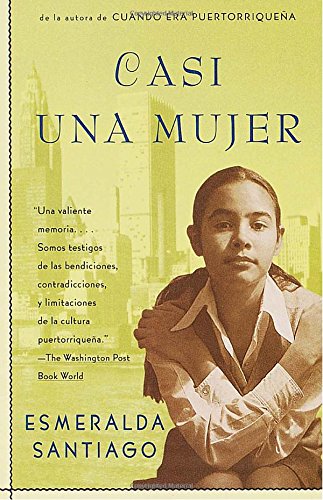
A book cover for Casi una mujer; Esmeralda Santiago; Biographies & Memoirs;